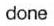
done